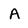
Character: A